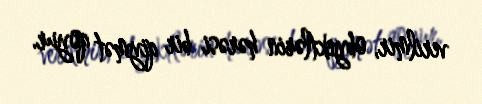
verilmir, obyektlərin hərəsi bir qiymət qoyur.